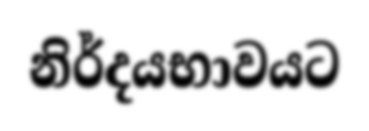
නිර්දයභාවයට